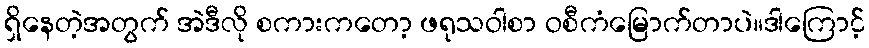
ရှိနေတဲ့အတွက် အဲဒီလို စကားကတော့ ဖရုသဝါစာ ဝစီကံမြောက်တာပဲ။ဒါကြောင့်